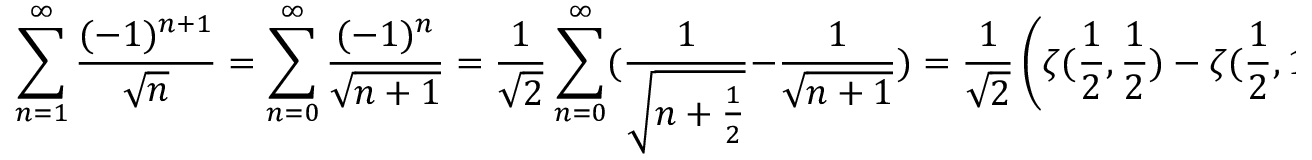
\sum _ { n = 1 } ^ { \infty } \frac { ( - 1 ) ^ { n + 1 } } { \sqrt { n } } = \sum _ { n = 0 } ^ { \infty } \frac { ( - 1 ) ^ { n } } { \sqrt { n + 1 } } = \frac { 1 } { \sqrt { 2 } } \sum _ { n = 0 } ^ { \infty } ( \frac { 1 } { \sqrt { n + \frac { 1 } { 2 } } } - \frac { 1 } { \sqrt { n + 1 } } ) = \frac { 1 } { \sqrt { 2 } } \left( \zeta ( \frac { 1 } { 2 } , \frac { 1 } { 2 } ) - \zeta ( \frac { 1 } { 2 } , 1 ) \right) ,